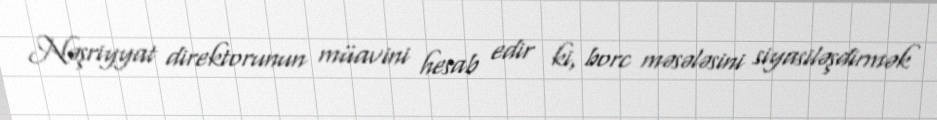
Nəşriyyat direktorunun müavini hesab edir ki, borc məsələsini siyasiləşdirmək